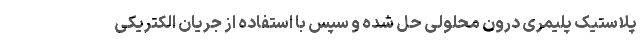
پلاستیک پلیمری درون محلولی حل شده و سپس با استفاده از جریان الکتریکی